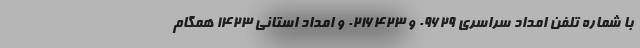
با شماره تلفن امداد سراسری 09629 و 0216423 و امداد استانی 1423 همگام